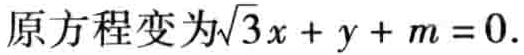
原方程变为\(\sqrt{3}x + y + m = 0\).